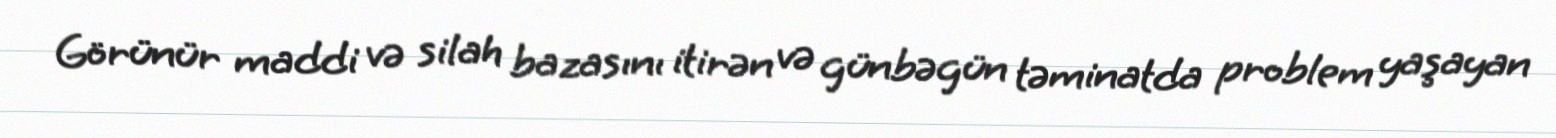
Görünür maddi və silah bazasını itirən və günbəgün təminatda problem yaşayan